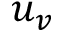
u _ { v }